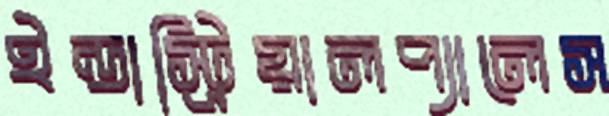
ইন্ডাস্ট্রিয়ালপ্যালেস